Leaving Certificate Examination, 1919
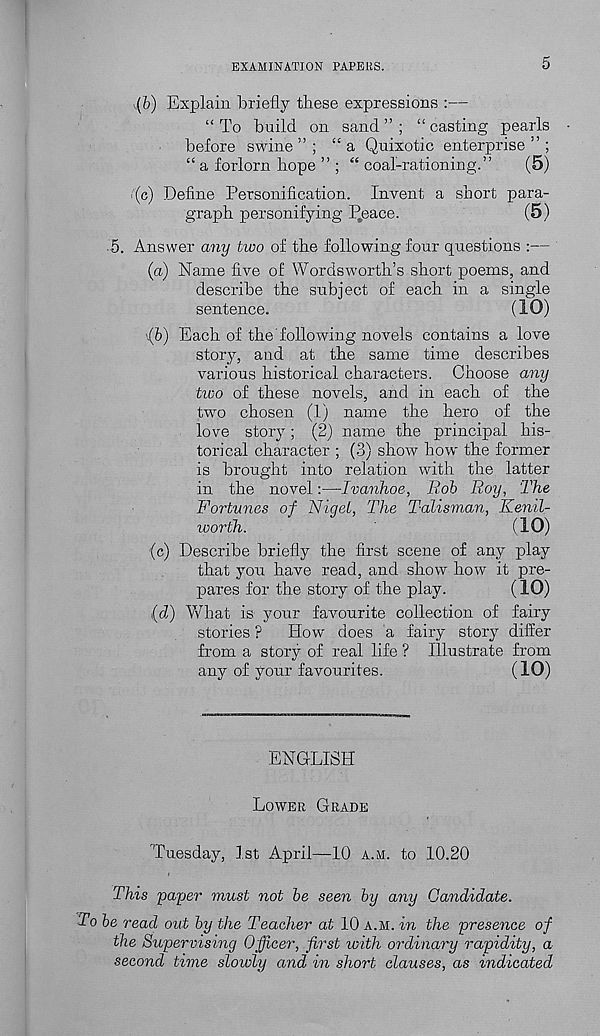
EXAMINATION PAPERS.
5
v.(&) Explain briefly these expressions :—
“ To build on sand ” ; “ casting pearls
before swine”; “a Quixotic enterprise”;
“ a forlorn hope ” ; “ coal-rationing.” (5)
i(c) Define Personification. Invent a short para-
graph personifying P^eace.
(5)
5. Answer any two of the following four questions :—
(a) Name five of Wordsworth’s short poems, and
describe the subject of each in a single
sentence.
(10)
'(b) Each of the following novels contains a love
story, and at the same time describes
various historical characters. Choose any
tioo of these novels, and in each of the
two chosen (1) name the hero of the
love story; (2) name the principal his-
torical character ; (3) show how the former
is brought into relation with the latter
in the novel:—-Ivanhoe, Rob Roy, The
Fortunes of Nigel, The Talisman, Kenil-
worth.
(10)
(c) Describe briefly the first scene of any play
that you have read, and show how it pre-
pares for the story of the play.
(10)
{d) What is your favourite collection of fairy
stories ? How does a fairy story differ
from a story of real life ? Illustrate from
any of your favourites.
(10)
ENGLISH
LOWER GRADE
Tuesday, 1st April—10 A.M. to 10.20
This paper must not be seen by any Candidate.
To be read out by the Teacher at 10 A.M. in the presence of
the Supervising Officer, first with ordinary rapidity, a
second time slowly and in short clauses, as indicated